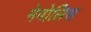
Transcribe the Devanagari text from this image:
नेपोलिस